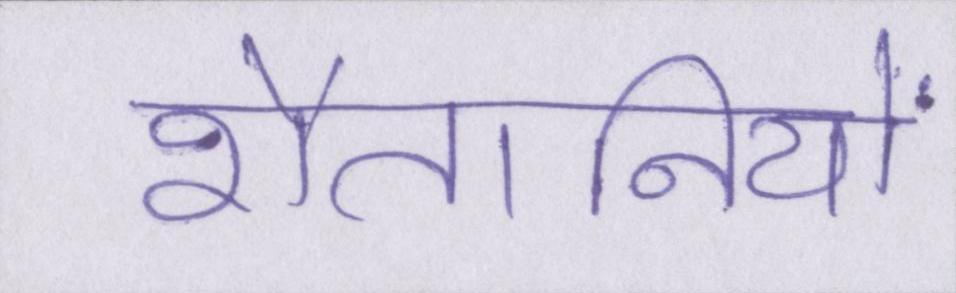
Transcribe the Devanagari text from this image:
शैतानियों